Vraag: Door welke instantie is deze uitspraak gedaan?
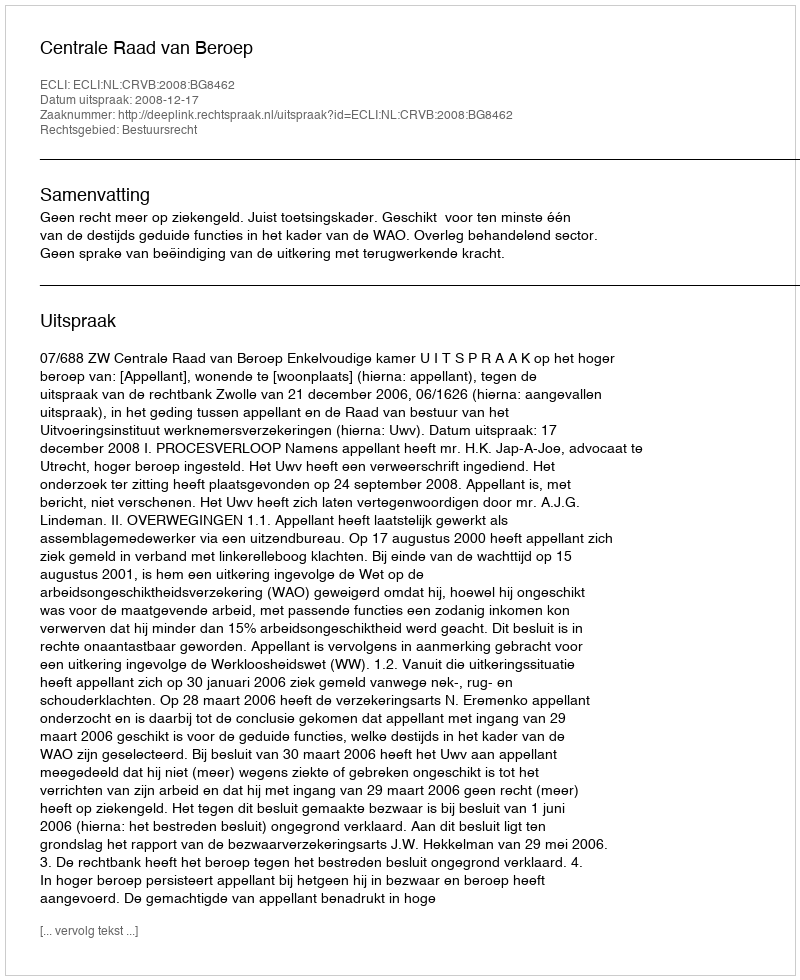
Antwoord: Centrale Raad van Beroep